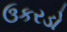
ઉકરડો